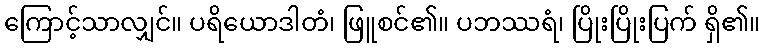
ကြောင့်သာလျှင်။ ပရိယောဒါတံ၊ ဖြူစင်၏။ ပဘဿရံ၊ ပြိုးပြိုးပြက် ရှိ၏။